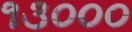
૧૩૦૦૦